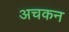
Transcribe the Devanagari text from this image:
अचकन